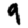
Digit: 9